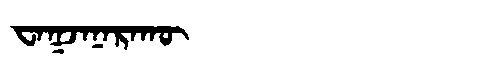
Manchu: ᠸᠠᡴᠵᠠᠨᠠᡵᠠᡴᡡ
Romanization: WAKJANARAKŪ